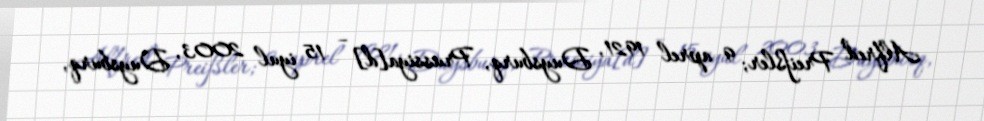
Alfred Preißler; 9 aprel 1921, Duysburq, Prussiya[d] – 15 iyul 2003, Duysburq,